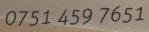
0751 459 7651